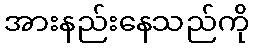
အားနည်းနေသည်ကို